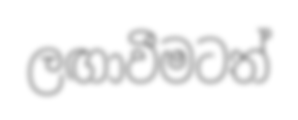
ලඟාවීමටත්